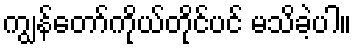
ကျွန်တော်ကိုယ်တိုင်ပင် မသိခဲ့ပါ။